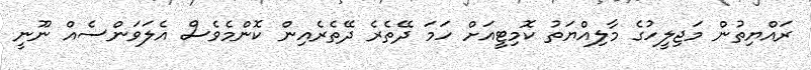
ރައްޔިތުން މަޖިލީހުގެ މާލިއްޔަތު ކޮމިޓީއަށް ހަމަ ދޭތެރެ ދޭތެރެއިން ކޮންމެވެސް އެލަވަންސެއް ނޫނީ